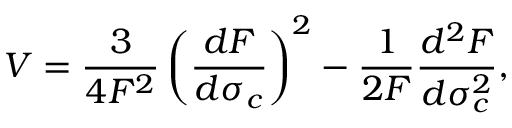
V = \frac { 3 } { 4 F ^ { 2 } } \left( \frac { d F } { d \sigma _ { c } } \right) ^ { 2 } - \frac { 1 } { 2 F } \frac { d ^ { 2 } F } { d \sigma _ { c } ^ { 2 } } ,